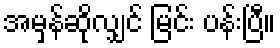
အမှန်ဆိုလျှင် မြင်း ပန်းပြီ။